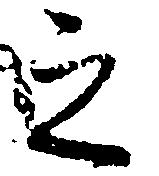
之